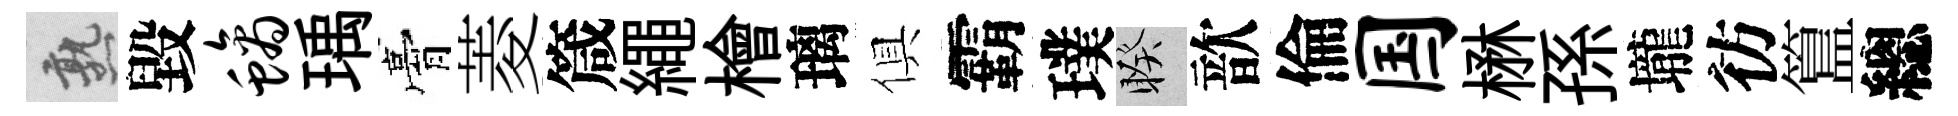
熟毀螭瑀膏菱箴繩檜璃俱霸璞睽歆倫国楙孫壠彷簋總